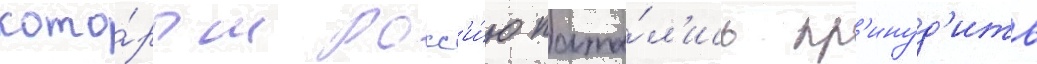
кото́рым росс'и́ю пыта́л'ись пр'инуд'ить